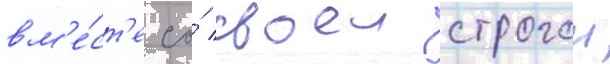
вм'е́ст'е со́ своеи строгои